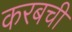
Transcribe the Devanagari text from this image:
करबची